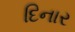
દિનાર